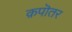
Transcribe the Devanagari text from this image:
क़पॊतर